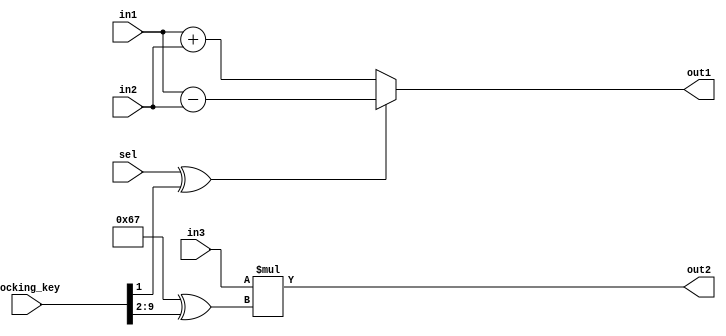

module top_0_obf
(
  in1,
  in2,
  in3,
  sel,
  out1,
  out2,
  locking_key
);

  input [7:0] in1;
  input [7:0] in2;
  input [7:0] in3;
  input sel;
  output [7:0] out1;
  output [7:0] out2;
  wire Const_0;
  wire [7:0] Const_1;
  input [254:0] locking_key;
  wire [9:0] working_key;
  assign Const_0 = (1'b0 ^ working_key[0]);
  assign ap_idle = Const_0;
  assign out1 = ((sel ^ working_key[1]) == 1'b1)? in1 - in2 : in1 + in2;
  assign Const_1 = (8'b01100111 ^ working_key[9:2]);
  assign out2 = in3 * Const_1;
  assign working_key = { locking_key[9:0] };

endmodule